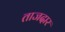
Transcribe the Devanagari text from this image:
ताजदार